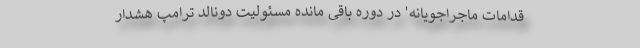
قدامات ماجراجویانه' در دوره باقی مانده مسئولیت دونالد ترامپ هشدار